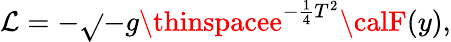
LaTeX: {\cal\mathcal{L}}=-\sqrt{}{{-g}}\thinspacee^{-\frac{{1}}{{4}}T^{2}}{\calF}(y),